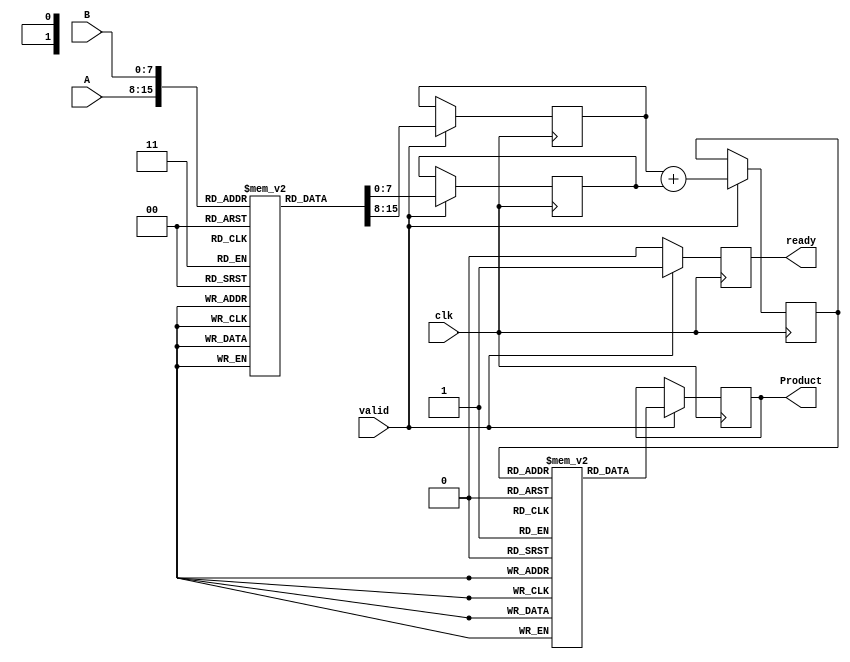
module LogarithmicMultiplier #(
    parameter N = 8, // Input width
    parameter M = 8, // Logarithmic representation width
    parameter P = 16 // Output width
)(
    input  wire [N-1:0] A, // Input A
    input  wire [N-1:0] B, // Input B
    output reg  [P-1:0] Product, // Output Product
    input  wire clk, // Clock signal
    input  wire valid, // Valid signal for inputs
    output reg ready // Signal to indicate output is ready
);
    
    // Logarithm and Exponential LUTs (example values, need to be populated)
    reg [M-1:0] logLUT [0:255]; // Logarithm lookup table
    reg [P-1:0] expLUT [0:(1 << M)-1]; // Exponential lookup table

    // Internal signals
    reg [M-1:0] logA, logB, logResult;

    // Initialize LUTs (example initialization)
    initial begin
        // Populate logLUT with logarithm values (base 2 or natural log)
        // Example: logLUT[0] = 0, logLUT[1] = 0, logLUT[2] = 1, ...
        
        // Populate expLUT with exponential values
        // Example: expLUT[0] = 1, expLUT[1] = 2, expLUT[2] = 4, ...
    end

    always @(posedge clk) begin
        if (valid) begin
            // Logarithmic Conversion
            logA <= logLUT[A];
            logB <= logLUT[B];

            // Addition
            logResult <= logA + logB;

            // Exponential Conversion
            Product <= expLUT[logResult];

            // Indicate that the product is ready
            ready <= 1'b1;
        end else begin
            // Reset ready signal
            ready <= 1'b0;
        end
    end

endmodule